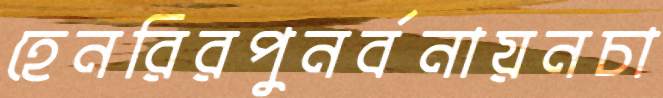
হেনরিরপুনর্বনায়নচা